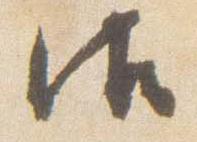
御